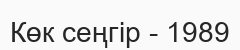
Көк сеңгір - 1989